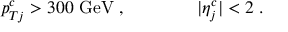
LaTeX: p _ { T j } ^ { c } > 3 0 0 ~ \mathrm { G e V } \; , \qquad \qquad | \eta _ { j } ^ { c } | < 2 \; .